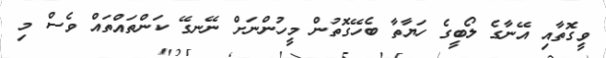
ވީގޮތާއި އޭނާގެ ލޯބީގެ ހަޔާތާ ބެހޭގޮތުން މީހުންނަށް ނޭނގޭ ކަންތައްތައް ވެސް މި